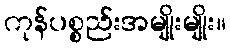
ကုန်ပစ္စည်းအမျိုးမျိုး။